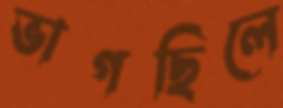
ভাগছিলে